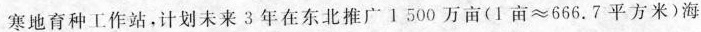
寒地育种工作站，计划未来 3 年在东北推广 1 500 万亩( $$1 亩 ≈ 6 6 6 . 7$$ 平方米 )海